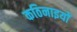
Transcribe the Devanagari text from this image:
कठिनाइयोें